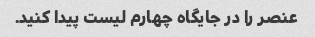
عنصر را در جایگاه چهارم لیست پیدا کنید.